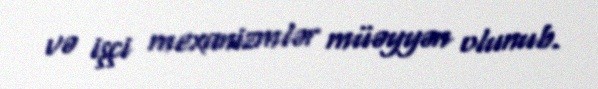
və işçi mexanizmlər müəyyən olunub.